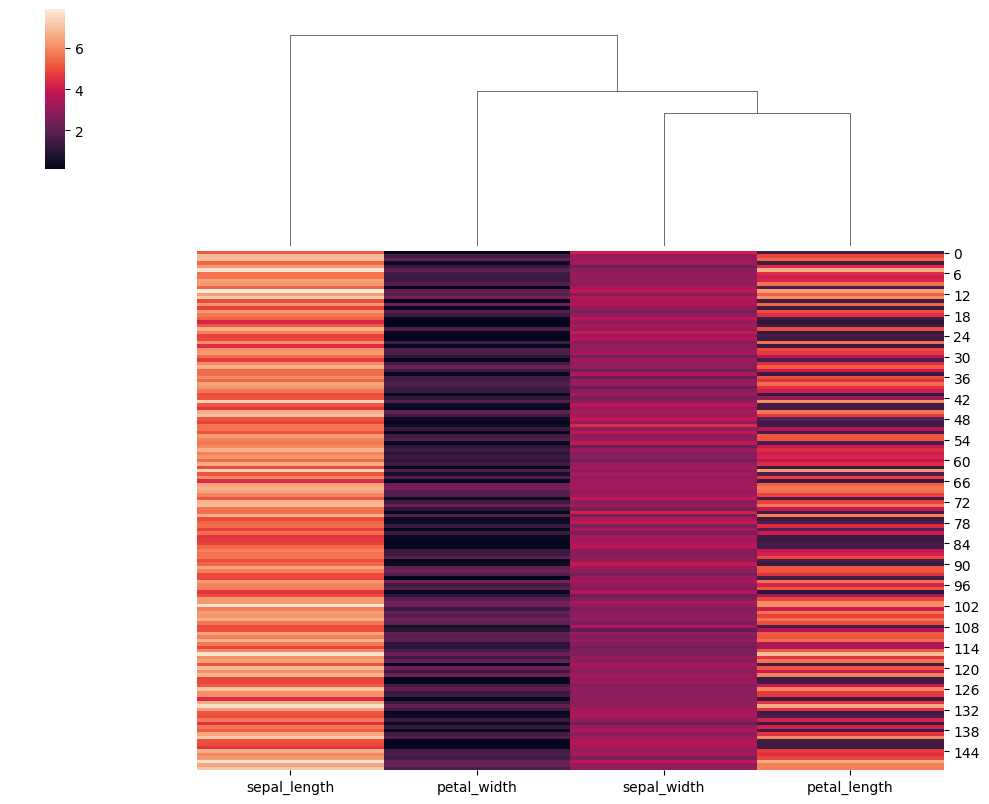
python, seaborn, clustermap, figsize=(10, 8), row_cluster=False, dendrogram_ratio=(0.2, 0.3), cbar_pos=(0.05, 0.8, 0.02, 0.2)